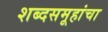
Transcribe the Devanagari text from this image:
शब्दसमूहांचा